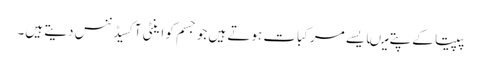
پپیتا کے پتے میںایسے مرکبات ہوتے ہیں جو جسم کو اینٹی آکسیڈننس دیتے ہیں۔